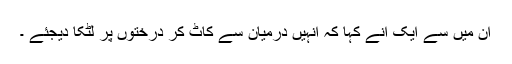
ان میں سے ایک انے کہا کہ انہیں درمیان سے کاٹ کر درختوں پر لٹکا دیجئے ۔